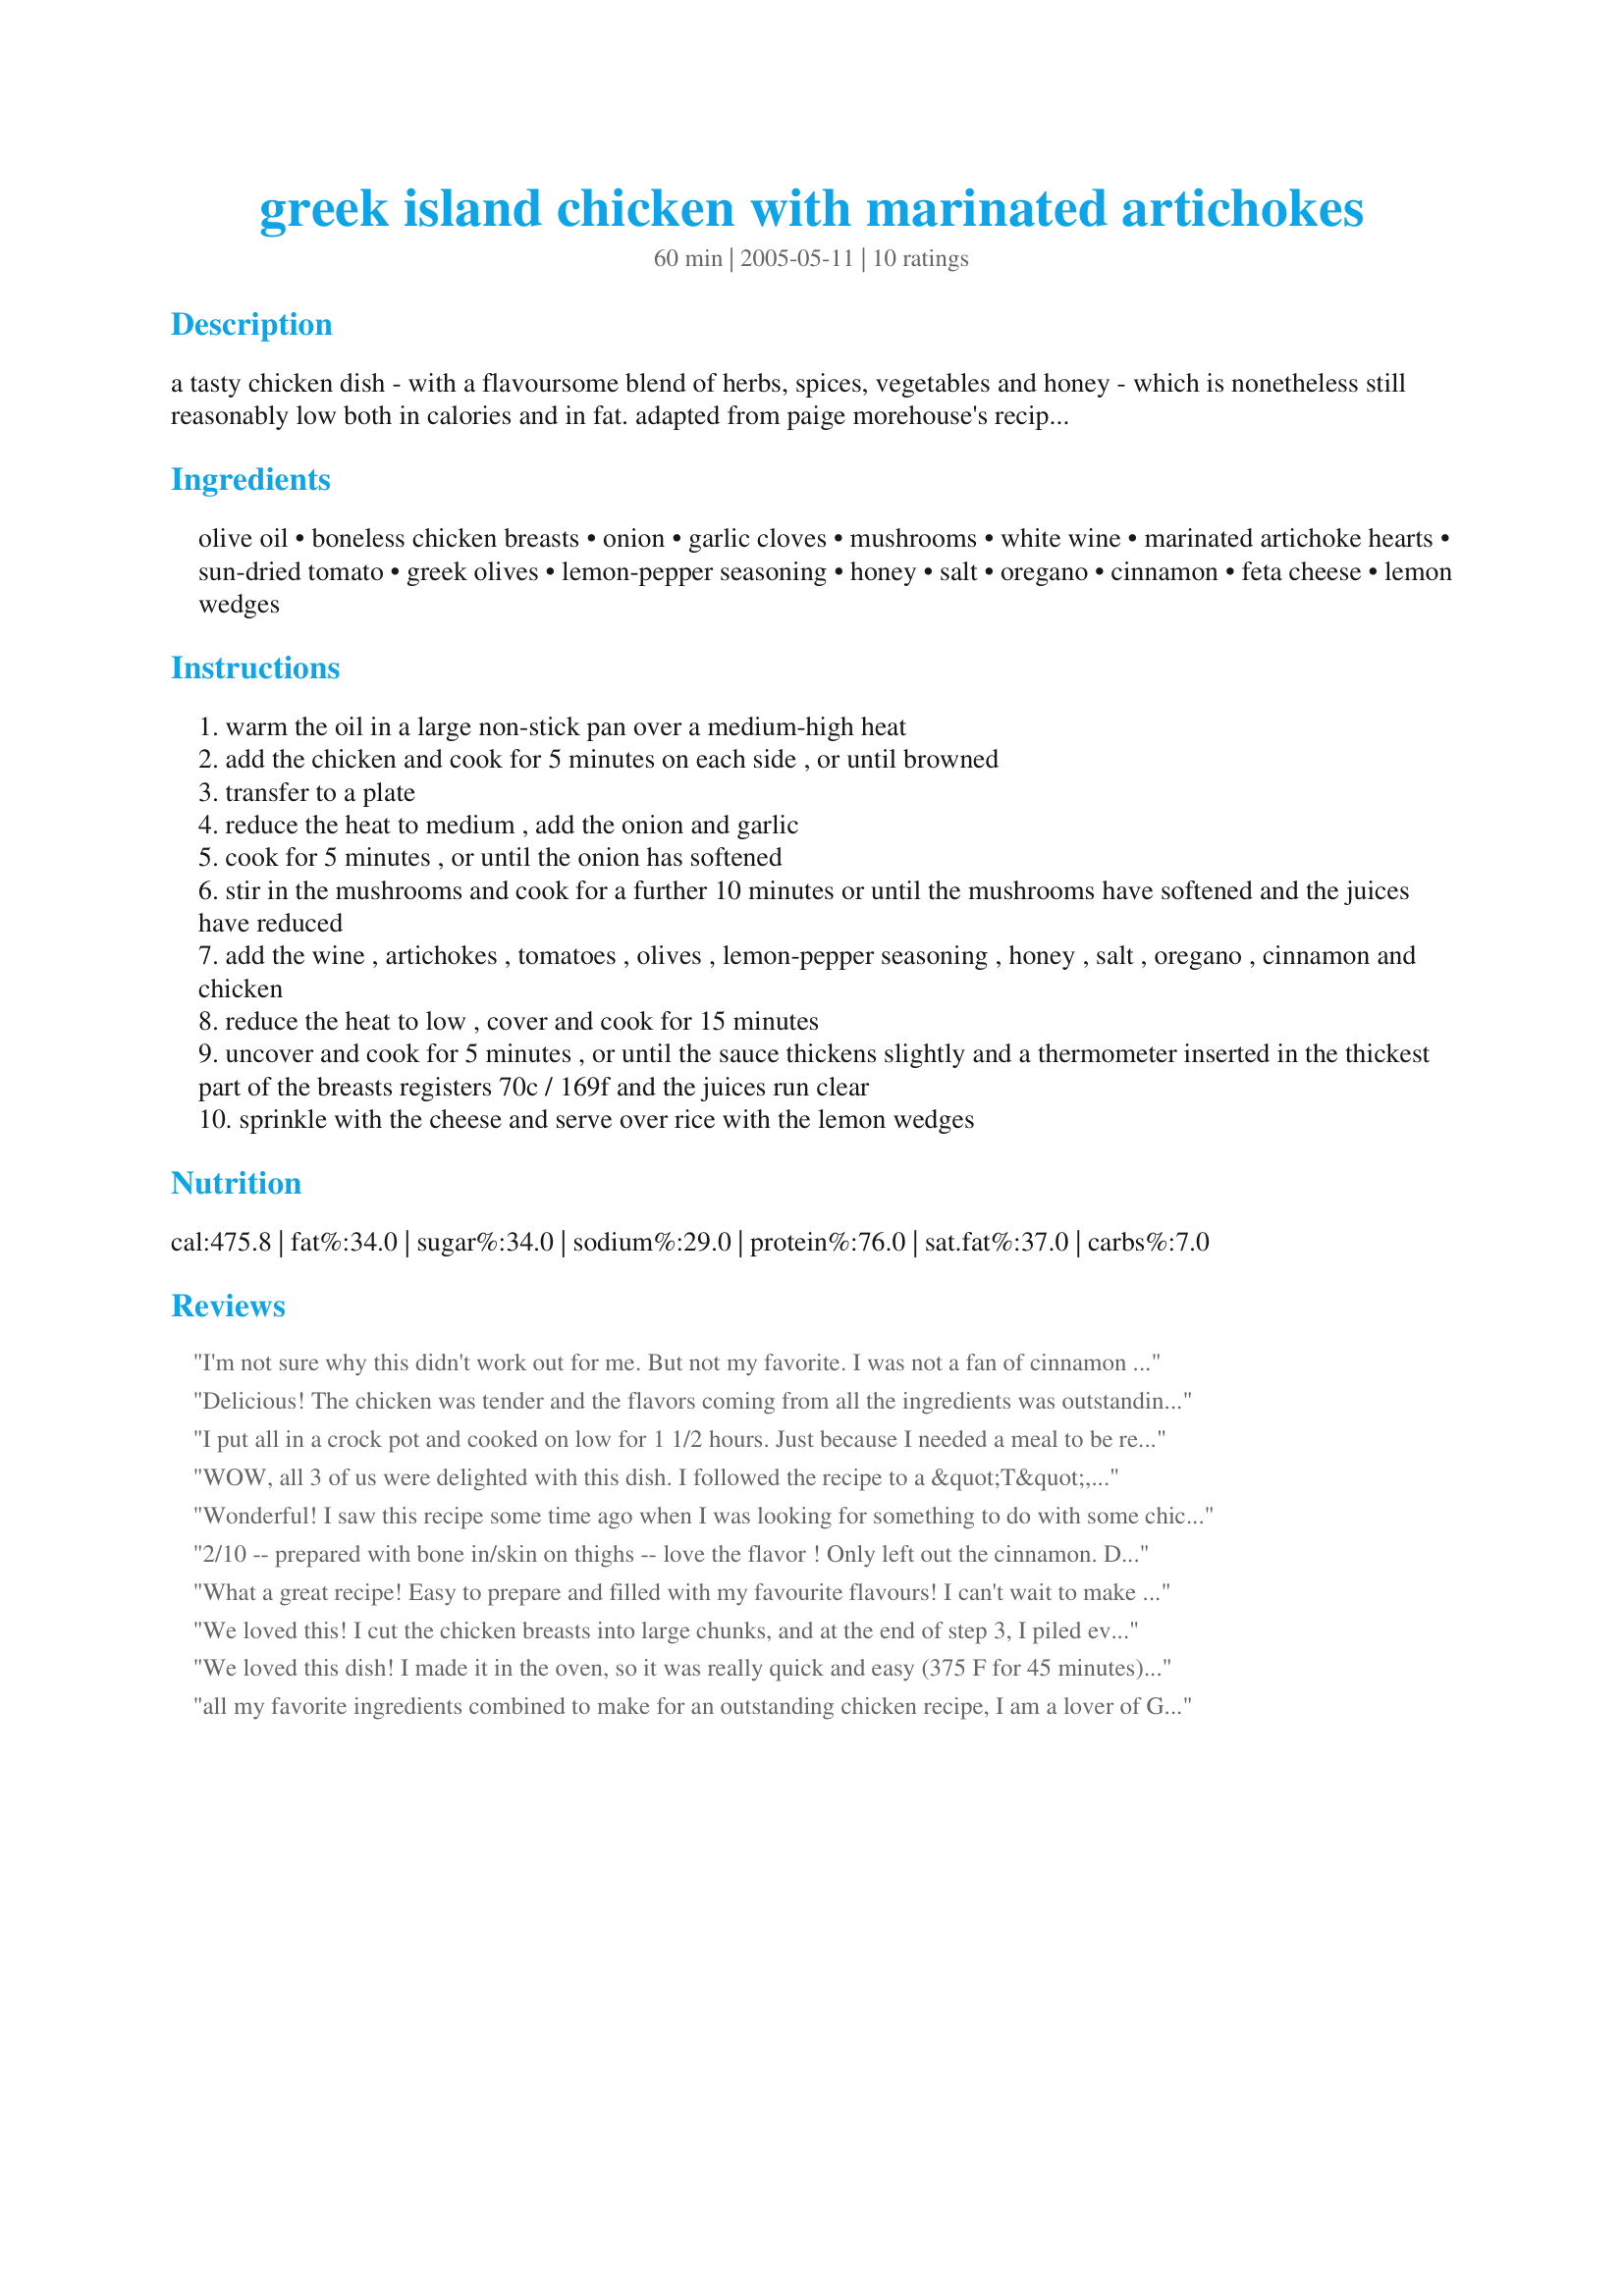
greek island chicken with marinated artichokes
Preparation time: 60 minutes

a tasty chicken dish - with a flavoursome blend of herbs, spices, vegetables and honey - which is nonetheless still reasonably low both in calories and in fat. adapted from paige morehouse's recipe which appears in prevention healthy cooking's 'eat up, slim down: tried-and-true recipes and tips from real weight-loss winners' by jane kirby and david joachim. because the recipe contains several vegetables, it really is a stand-alone dish. when i've made it, i've added a bit more garlic (personal preference). the original recipe had 2 cloves of garlic; and i've included more like 8 ounces of mushrooms (again, personal preference). the original recipe had 3 ounces of mushrooms. i've always used kalamata olives when making this dish.

Ingredients:
olive oil, boneless chicken breasts, onion, garlic cloves, mushrooms, white wine, marinated artichoke hearts, sun-dried tomato, greek olives, lemon-pepper seasoning, honey, salt, oregano, cinnamon, feta cheese, lemon wedges

Steps:
warm the oil in a large non-stick pan over a medium-high heat
add the chicken and cook for 5 minutes on each side , or until browned
transfer to a plate
reduce the heat to medium , add the onion and garlic
cook for 5 minutes , or until the onion has softened
stir in the mushrooms and cook for a further 10 minutes or until the mushrooms have softened and the juices have reduced
add the wine , artichokes , tomatoes , olives , lemon-pepper seasoning , honey , salt , oregano , cinnamon and chicken
reduce the heat to low , cover and cook for 15 minutes
uncover and cook for 5 minutes , or until the sauce thickens slightly and a thermometer inserted in the thickest part of the breasts registers 70c / 169f and the juices run clear
sprinkle with the cheese and serve over rice with the lemon wedges

Reviews:
I'm not sure why this didn't work out for me. But not my favorite. I was not a fan of cinnamon and honey with this savory dish. From reading the recipe I thought the combo of tomatoes, olives, artichokes, wine seemed perfect. Thanks for posting, just not my personal taste. Maybe without the honey and cinnamon? might enjoy.
Delicious! The chicken was tender and the flavors coming from all the ingredients was outstanding! I will make this often, as it's got good for you ingredients, and good for the tummy taste! I used FF Feta cheese and it didn't make a difference at all. I made Recipe #289258 as a side and they went together well. Thank you for sharing your recipe with us Bluemoon! Made for Gimme 5 Tag Game 3/09
I put all in a crock pot and cooked on low for 1 1/2 hours. Just because I needed a meal to be ready when I returned home. This worked great but I`m sure it would have been much better according to the directions! I used black didn`t have kalamata olives. Used a 12 ounce jar of artichokes these give much flavor.As did the oregano and cinnamon. I forgot all about the feta till now! Darn that would have been delish topped on it! Sreved with Fresh Orange Rice recipe #142979. No one can say this is low on flavor! Great dish! Thanks!
WOW, all 3 of us were delighted with this dish. I followed the recipe to a &quot;T&quot;, ok, now that I said that I discovered I have never had lemon pepper in my spice cabinet so I added pepper and some lemon zest and the sun dried tomatoes were packed in oil. No problem! I also added the honey and a touch less cinnamon. Next time I will use only 1/2 teaspoon. The cinnamon was a fabulous touch, it added great flavor as did the honey, which did not add sweetness and nearly undetectable but somehow you could tell it was there. So I have to disagree with were apprehensive about adding these 2 key ingredients, GO FOR IT! A squeeze of lemon at the table is necessary IMO. Gosh, we REALLY loved this! Thanks for posting!
Wonderful! I saw this recipe some time ago when I was looking for something to do with some chicken breast, but I didn't have the things on hand to make it. I remembered that I wanted to try it when I got some really good sun-dried tomatoes. I left the recipe exactly as it that the chef wrote and both my husband and I loved it. I think the cinnamon flavour isn't really as noticeable as many Greek dishes and gives in an extra something so I wouldn't recommend leaving it out. I served it on top of lemon rice, I can see it as a great diet dish as it is really filling for for so few calories. I'll make it again for sure.
2/10 -- prepared with bone in/skin on thighs -- love the flavor ! Only left out the cinnamon. DH and I really enjoyed this tonight, with left-over saffron rice and snow peas !!
 3/14/09 This was very flavorful. I prepared half for DH and me, and the chicken breasts were so large -- we have enough for another meal. I didn't have the sundried tomatoes, and left out the cinnamon -- (personal choice), served with edamame and parsley potatoes. Thanks for posting,bluemoon.
What a great recipe! Easy to prepare and filled with my favourite flavours! I can't wait to make this for company! Thanks Bluemoon...
We loved this! I cut the chicken breasts into large chunks, and at the end of step 3, I piled everything into the crockpot. By the time I came home from the kids swimming lessons, the house was filled with the most wonderful aromas!! We were in such a hurry to eat it, that I forgot the lemon & feta until after we sat down, so they don't appear in the photo (will try another photo with the leftovers!), but they were the perfect finishing touch for this meal. We served it with risoni and slices of baguette. [Made for PRMR]
We loved this dish! I made it in the oven, so it was really quick and easy (375 F for 45 minutes). It is great to just add brown rice and your dinner is done. I omitted the honey, used fresh oregano and just sprinkled the others over (minus the cinnamon, DH's preference). All the flavors go so well together - it really delicious.
all my favorite ingredients combined to make for an outstanding chicken recipe, I am a lover of Greek food so this is definately one I will repeat again soon, I ran out of lemon pepper so I had to omit, also I increased the garlic cloves to 8 and I also increased the oregano, thank you for posting this wonderful recipe bluemoon!
